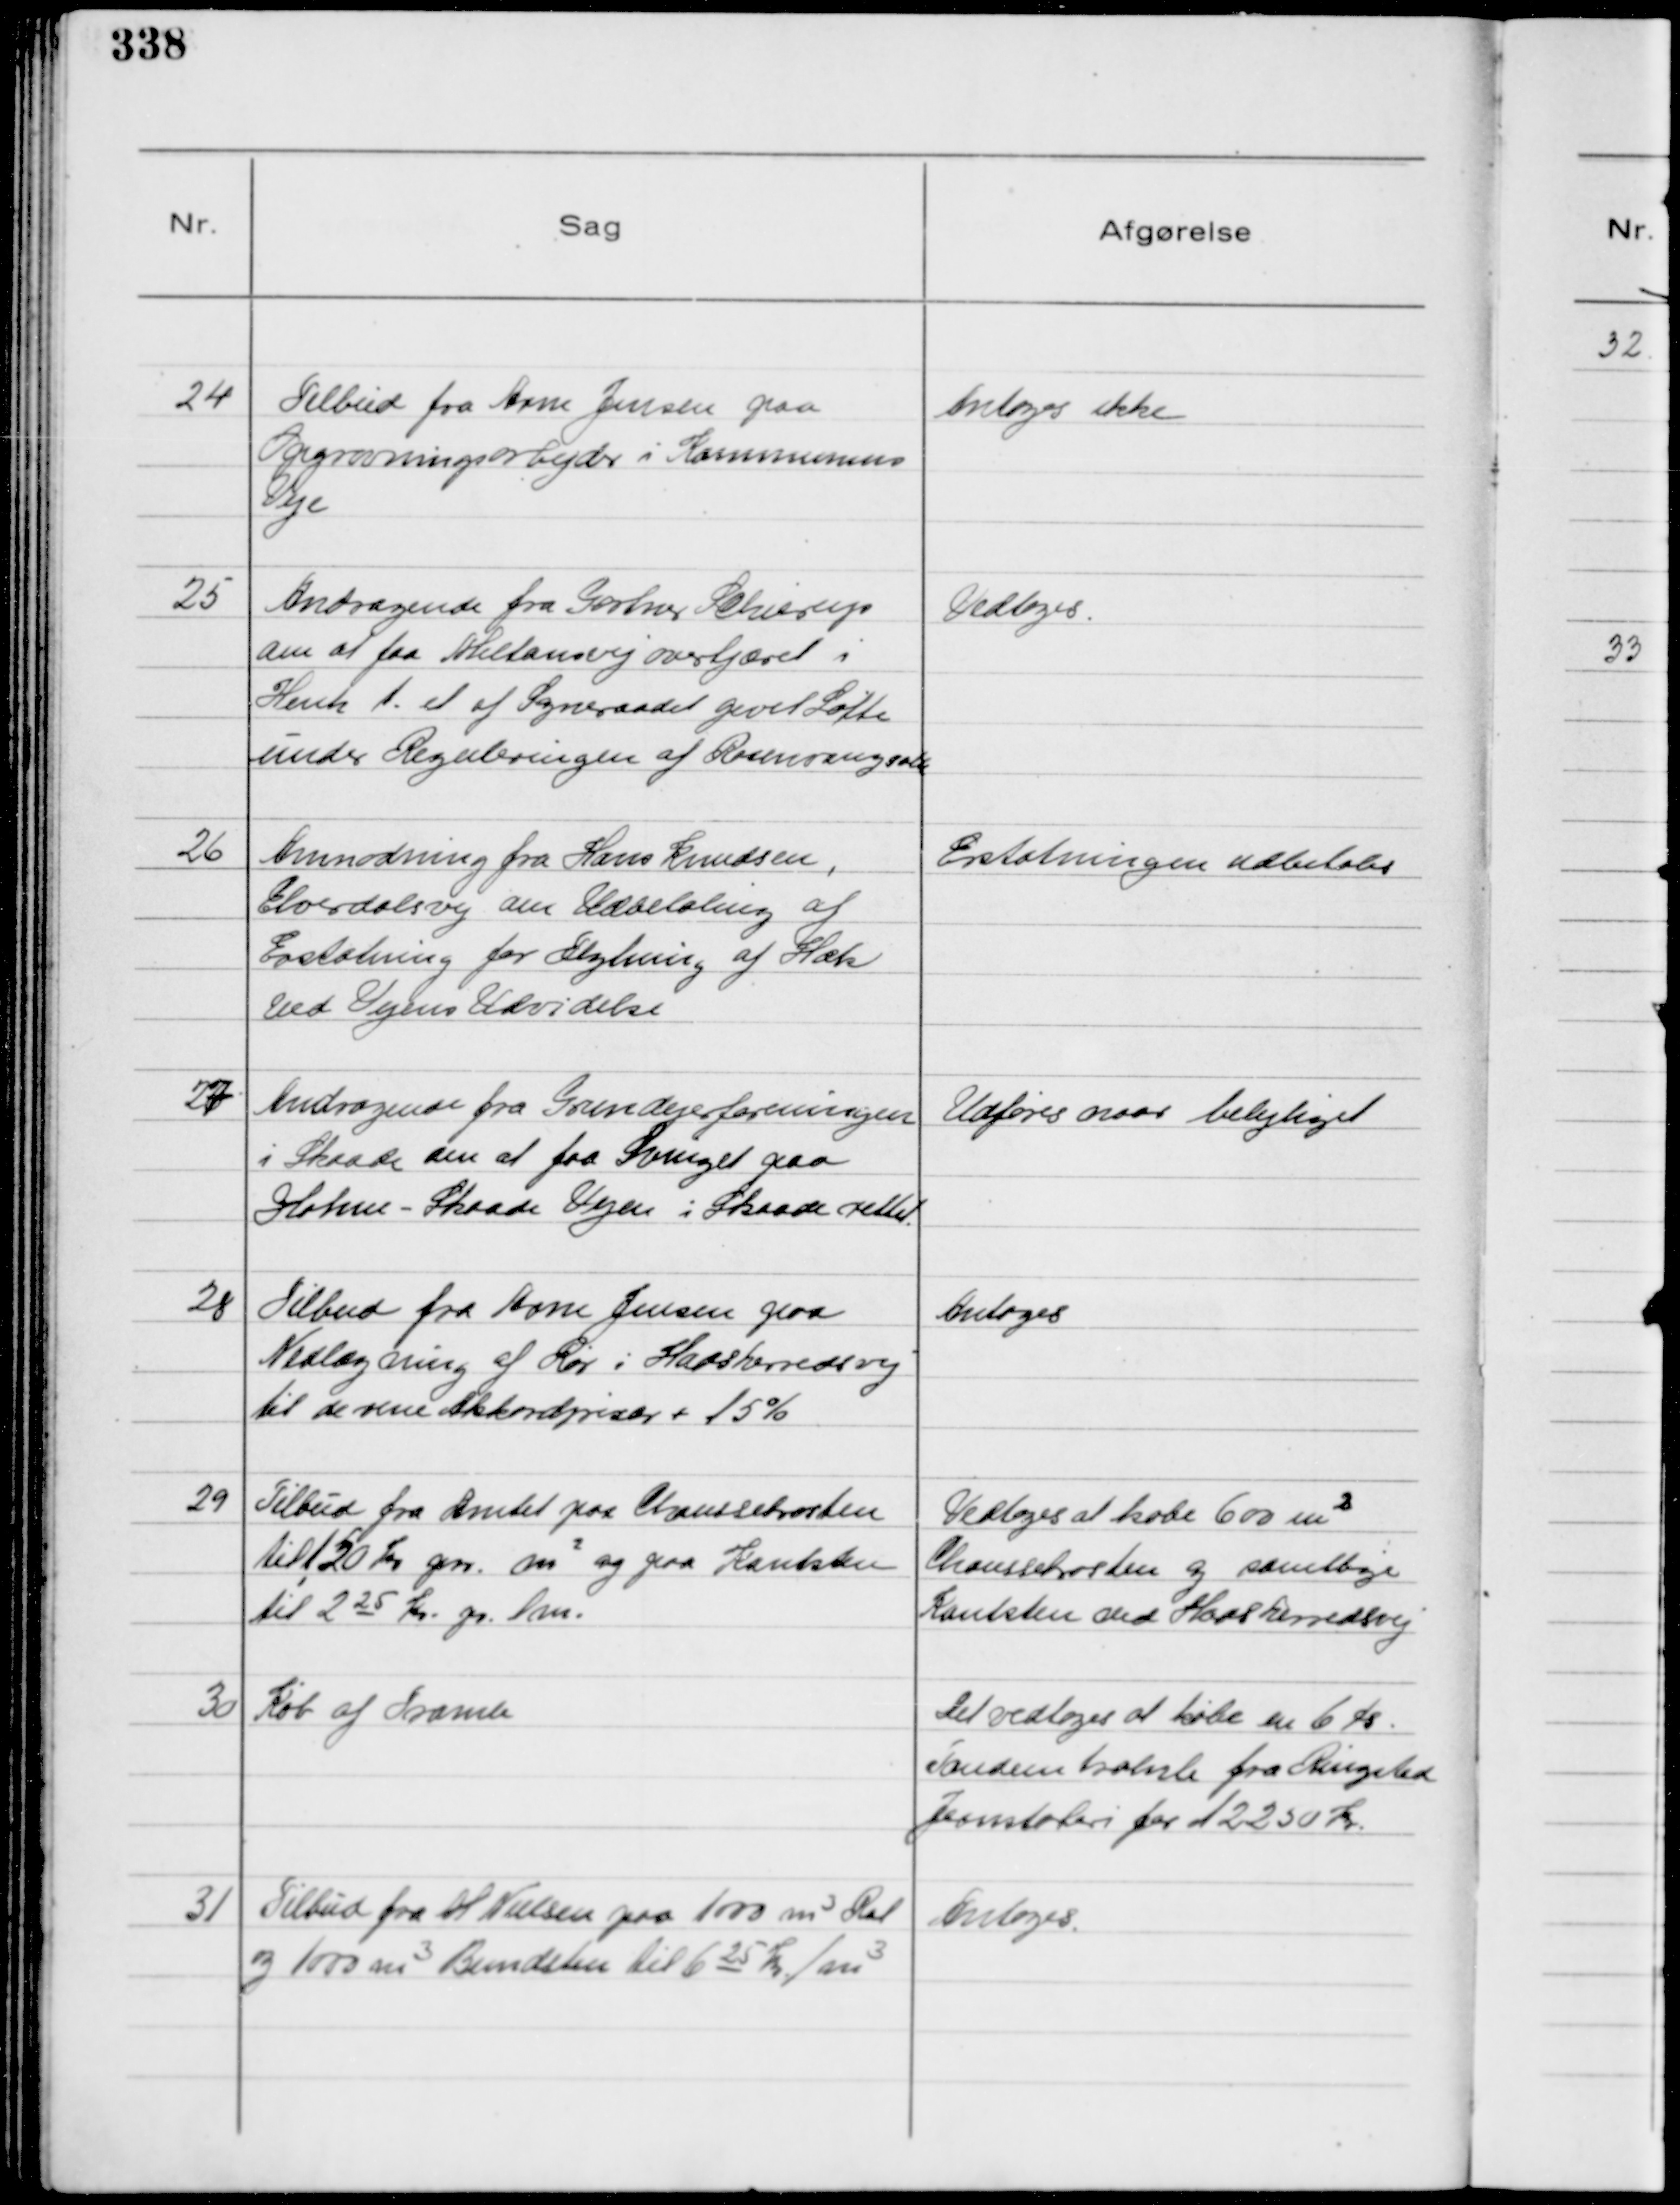
Transskription:
24
Tilbud fra Arne Jensen paa
Opgravningsarbejder i Kommunens
Veje

Antoges ikke

25
Andragende fra Gartner Schierup
om at faa Miltonsvej overtjæret i
Henh. t. et af Sogneraadet givet Løfte
under Reguleringen af Rosenvangsalle

Vedtoges.

26
Anmodning fra Hans Knudsen,
Elverdalsvej om Udbetaling af
Erstatning for Flytning af Hæk
ved Vejens Udvidelse

Erstatningen udbetales

27
Andragende fra Grundejerforeningen
i Skaade om at faa Svinget paa
Holme - Skaade Vejen i Skaade rettet.

Udføres naar belejliget

28
Tilbud fra Arne Jensen paa
Nedlægning af Rør i Hadsherredsvej
til de rene Akkordpriser + 15%

Antoges

29
Tilbud fra Amtet paa Chaussebrosten
til 120 Kr gn. m² og paa Kantsten
til 2 25 Kr. pr lm.

Vedtoges at købe 60 m²
Chaussebrosten og samtlige
Kantsten ved Hadsherredsvej

30
Køb af Tromle

Det vedtoges at købe en 6 fs.
Tandeen tromle fra Ringsted
Jernstøberi for 12250 Kr.

31
Tilbud fra H Nielsen paa 1000 m³ Ral
og 1000 m³ Bundsten til 6 25 Kr. / m³

Antoges.